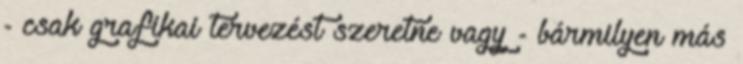
- csak grafikai tervezést szeretne vagy - bármilyen más